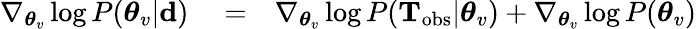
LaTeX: \begin{array}{rlr}{\nabla_{\boldsymbol{\theta}_{v}}\log P(\boldsymbol{\theta}_{v}|{\mathbf d})}&{{}=}&{\nabla_{\boldsymbol{\theta}_{v}}\log P(\mathbf{T}_{\mathrm{obs}}|\boldsymbol{\theta}_{v})+\nabla_{\boldsymbol{\theta}_{v}}\log P(\boldsymbol{\theta}_{v})}\end{array}